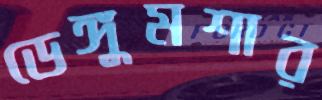
ডেঙ্গুমশার